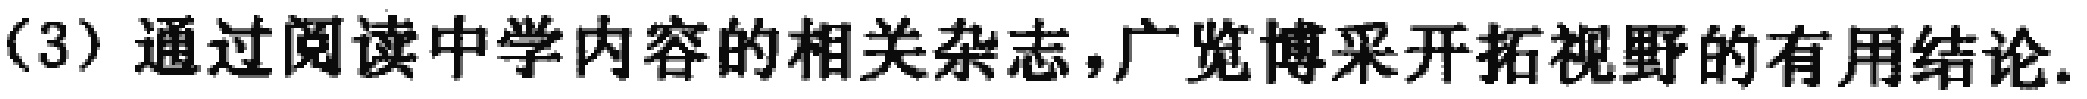
(3) 通过阅读中学内容的相关杂志，广览博采开拓视野的有用结论.